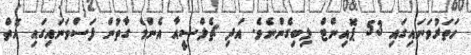
ހަތަރުވަނައިގައި 53 ޕޮއިންޓް ލިބިގެންނެވެ. އަދި ޗެލްސީއާ އެންމެ ގާތުން ފަސްވަނައިގައި އޮތް